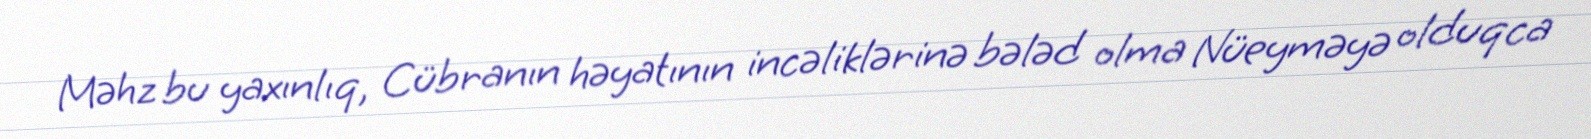
Məhz bu yaxınlıq, Cübranın həyatının incəliklərinə bələd olma Nüeyməyə olduqca